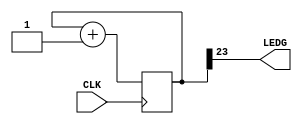
// This program was cloned from: https://github.com/FPGAwars/apio-examples
// License: GNU General Public License v2.0

//------------------------------------------------------------------
//-- Blinking LED
//------------------------------------------------------------------

module Test (
  input CLK,    // 12MHz clock
  output LEDG   // LED to blink
);

  reg [23:0] counter = 0;

  always @(posedge CLK) 
    counter <= counter + 1;

  assign LEDG = counter[23];

endmodule